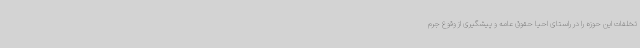
تخلفات این حوزه را در راستای احیا حقوق عامه و پیشگیری از وقوع جرم